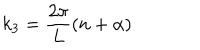
LaTeX: k _ { 3 } = \frac { 2 \pi } { L } ( n + \alpha )